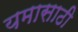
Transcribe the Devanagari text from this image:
यमासाठी